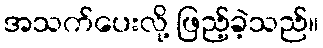
အသက်ပေးလို့ ဖြည့်ခဲ့သည်။